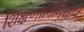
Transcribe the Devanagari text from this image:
शिक्षणानिमित्ताने